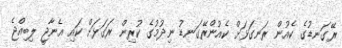
ރޭގަނޑުގެ ކެއުން ރަނގަޅަށް ކެއުންރޭގަނޑު ނިދުމުގެ ކުރިން ރަގަޅަށް ކައި އެނާޖީ ލިބިއްޖެ